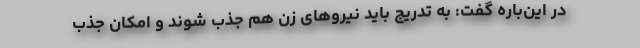
در این‌باره گفت: به تدریج باید نیروهای زن هم جذب شوند و امکان جذب